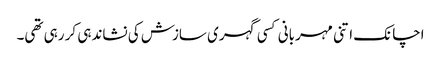
اچانک اتنی مہربانی کسی گہری سازش کی نشاندہی کر رہی تھی۔